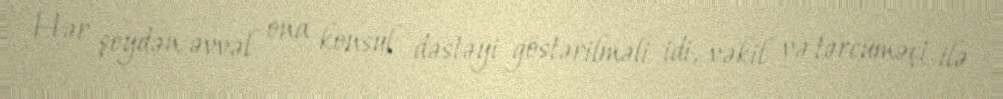
Hər şeydən əvvəl ona konsul dəstəyi göstərilməli idi, vəkil və tərcüməçi ilə